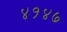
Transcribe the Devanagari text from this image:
४१४७